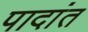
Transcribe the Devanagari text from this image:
पादांत